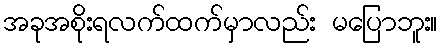
အခုအစိုးရလက်ထက်မှာလည်း မပြောဘူး။